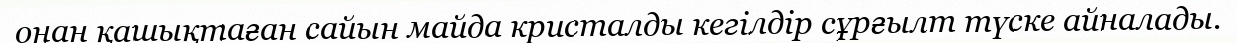
онан қашықтаған сайын майда кристалды кегілдір сұрғылт түске айналады.